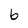
Character: b